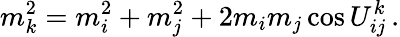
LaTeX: m_{k}^{2}=m_{i}^{2}+m_{j}^{2}+2m_{i}m_{j}\cos U_{ij}^{k}\, .